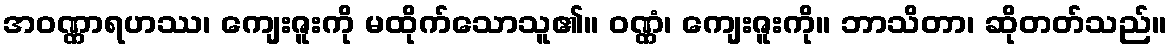
အဝဏ္ဏာရဟဿ၊ ကျေးဇူးကို မထိုက်သောသူ၏။ ဝဏ္ဏံ၊ ကျေးဇူးကို။ ဘာသိတာ၊ ဆိုတတ်သည်။